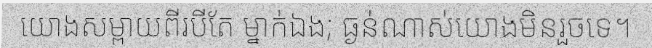
យោងសម្ពាយពីរបីតែ ម្នាក់ឯង; ធ្ងន់ណាស់យោងមិនរួចទេ។